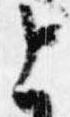
上